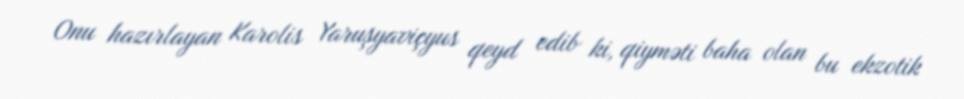
Onu hazırlayan Karolis Yaruşyaviçyus qeyd edib ki, qiyməti baha olan bu ekzotik